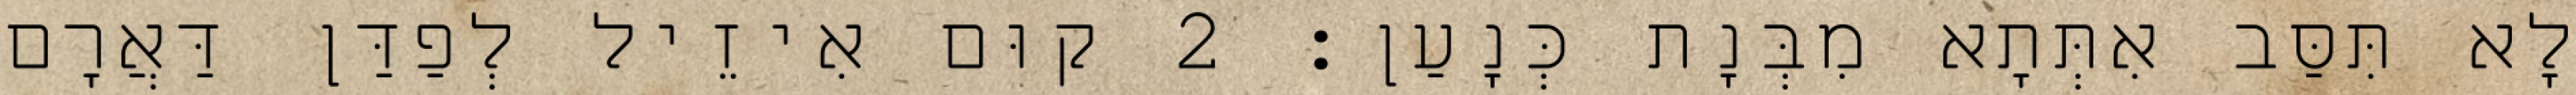
לָא תִּסַּב אִתְּתָא מִבְּנָת כְּנָעַן׃ 2 קוּם אִיזֵיל לְפַדַּן דַּאֲרָם